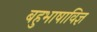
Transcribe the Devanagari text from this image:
बहुभाषाविज्ञ